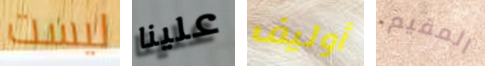
ليست علينا أوليف المقيم